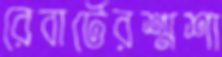
রেবার্টেরশ্মশা